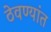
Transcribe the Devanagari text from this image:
ठेवण्यांत